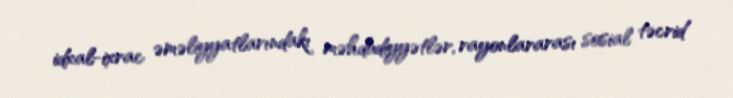
idxal-ixrac əməliyyatlarındakı məhdudiyyətlər, rayonlararası sosial təcrid